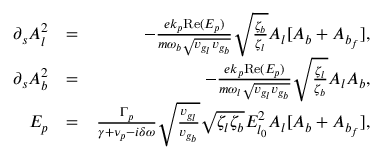
\begin{array} { r l r } { \partial _ { s } A _ { l } ^ { 2 } } & { = } & { - \frac { e k _ { p } \mathrm { R e } ( E _ { p } ) } { m \omega _ { b } \sqrt { v _ { g _ { l } } v _ { g _ { b } } } } \sqrt { \frac { \zeta _ { b } } { \zeta _ { l } } } A _ { l } [ A _ { b } + A _ { b _ { f } } ] , } \\ { \partial _ { s } A _ { b } ^ { 2 } } & { = } & { - \frac { e k _ { p } \mathrm { R e } ( E _ { p } ) } { m \omega _ { l } \sqrt { v _ { g _ { l } } v _ { g _ { b } } } } \sqrt { \frac { \zeta _ { l } } { \zeta _ { b } } } A _ { l } A _ { b } , } \\ { E _ { p } } & { = } & { \frac { \Gamma _ { p } } { \gamma + \nu _ { p } - i \delta \omega } \sqrt { \frac { v _ { g _ { l } } } { v _ { g _ { b } } } } \sqrt { \zeta _ { l } \zeta _ { b } } E _ { l _ { 0 } } ^ { 2 } A _ { l } [ A _ { b } + A _ { b _ { f } } ] , } \end{array}